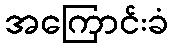
အကြောင်းခံ